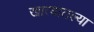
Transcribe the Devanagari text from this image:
खात्यातल्या